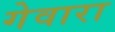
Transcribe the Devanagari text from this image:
गेवारा